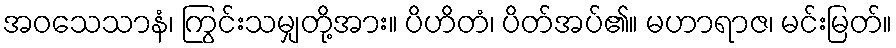
အဝသေသာနံ၊ ကြွင်းသမျှတို့အား။ ပိဟိတံ၊ ပိတ်အပ်၏။ မဟာရာဇ၊ မင်းမြတ်။